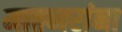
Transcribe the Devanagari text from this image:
मातब्बरांना